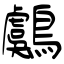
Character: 鸆